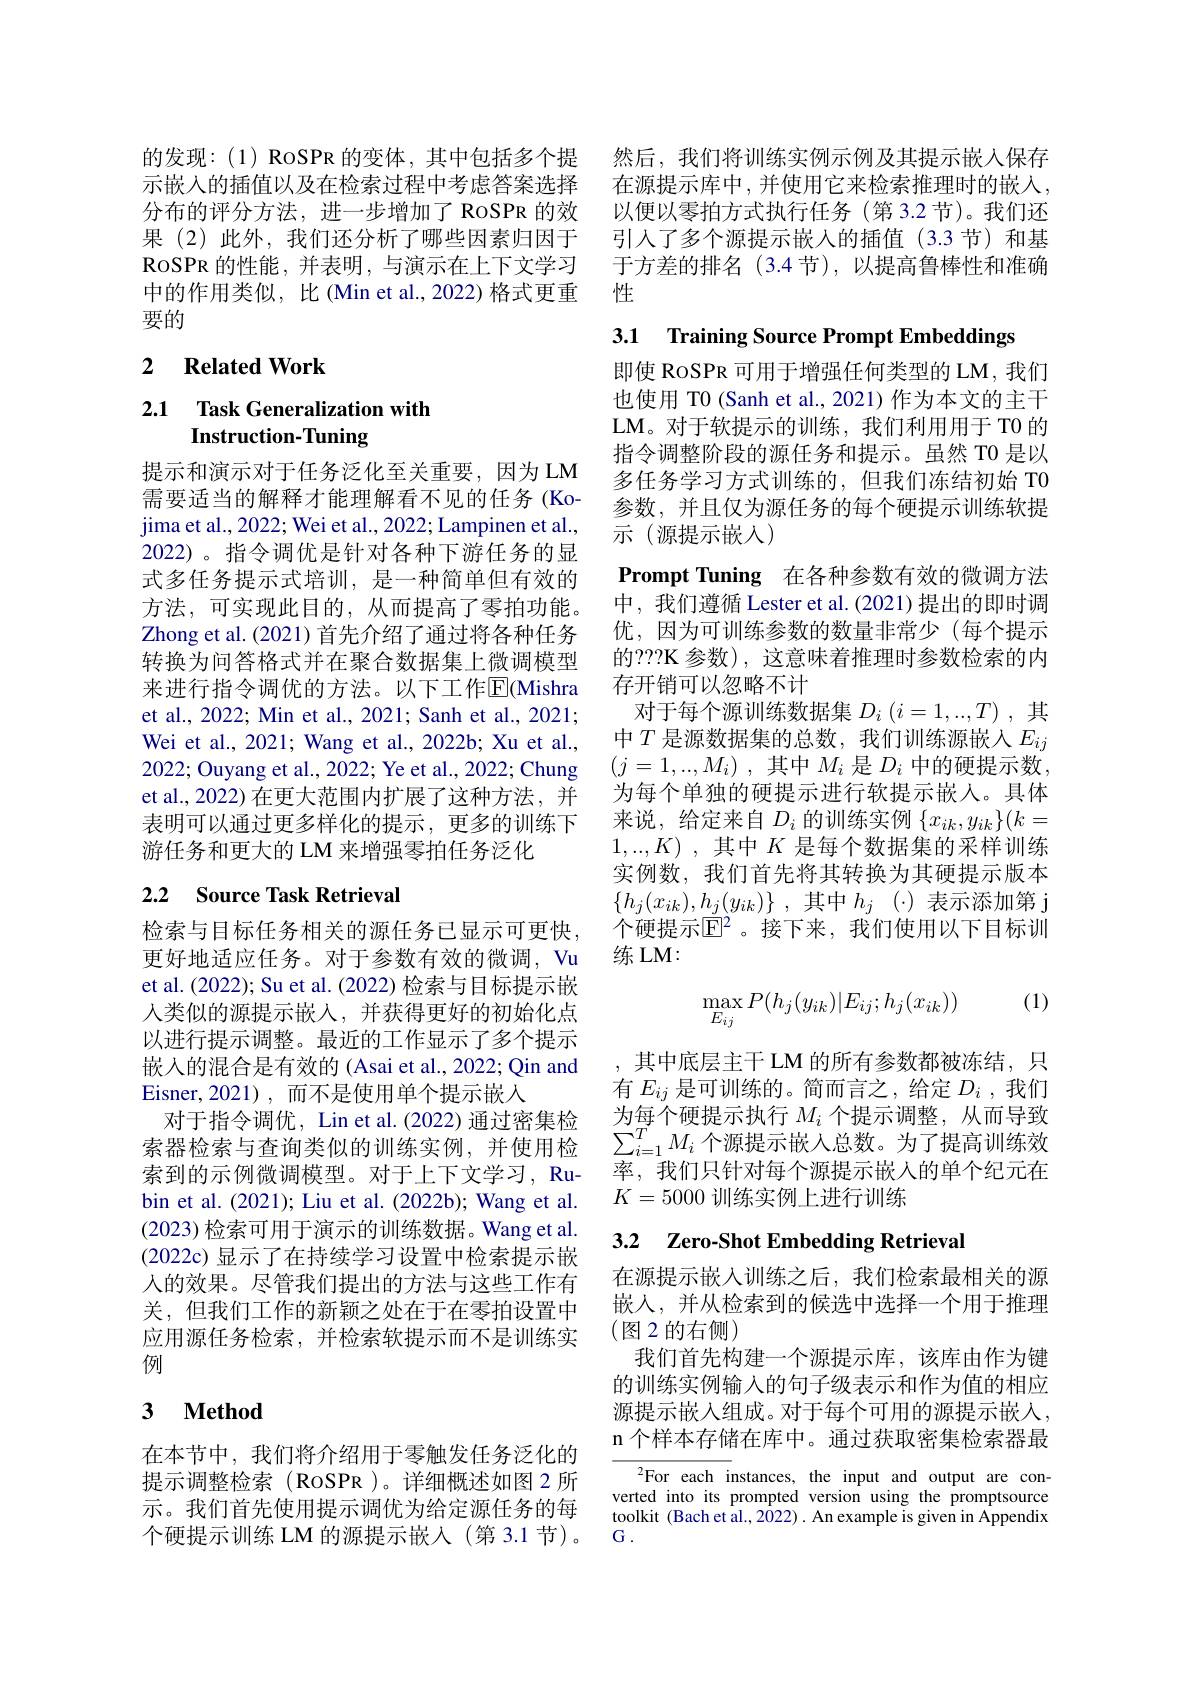
RoSPR 的性能，并表明，与演示在上下文学习中的作用类似，比(Min et al.,2022) 格式更重要的

### 2 $\textbf{Related Work}$

# 2.1 Task Generalization with Instruction-Tuning

提示和演示对于任务泛化至关重要，因为LM 需要适当的解释才能理解看不见的任务(Kojima et al., 2022; Wei et al., 2022; Lampinen et al., 2022)。指令调优是针对各种下游任务的显式多任务提示式培训，是一种简单但有效的方法，可实现此目的，从而提高了零拍功能。Zhong et al. (2021) 首先介绍了通过将各种任务转换为问答格式并在聚合数据集上微调模型来进行指令调优的方法。以下工作$\overline{\mathrm{E}}($Mishra et al., 2022; Min et al., 2021; Sanh et al., 2021; Wei et al., 2021; Wang et al., 2022b; Xu et al., 2022; Ouyang et al., 2022; Ye et al., 2022; Chung et al., 2022) 在更大范围内扩展了这种方法，并表明可以通过更多样化的提示，更多的训练下游任务和更大的 LM 来增强零拍任务泛化

# 2.2 Source Task Retrieval

检索与目标任务相关的源任务已显示可更快， 更好地适应任务。对于参数有效的微调，Vu et al. (2022); Su et al. (2022) 检索与目标提示嵌人类似的源提示嵌入，并获得更好的初始化点以进行提示调整。最近的工作显示了多个提示嵌入的混合是有效的 (Asai et al., 2022; Qin and Eisner,2021),而不是使用单个提示嵌人
对于指令调优，Lin et al.(2022) 通过密集检索器检索与查询类似的训练实例，并使用检索到的示例微调模型。对于上下文学习，Rubin et al. (2021); Liu et al. (2022b); Wang et al. (2023)检索可用于演示的训练数据。Wang et al. (2022c) 显示了在持续学习设置中检索提示嵌人的效果。尽管我们提出的方法与这些工作有关，但我们工作的新颖之处在于在零拍设置中应用源任务检索，并检索软提示而不是训练实例

## 3 $\textbf{Method}$

在本节中，我们将介绍用于零触发任务泛化的提示调整检索(RoSPR)。详细概述如图 2 所示。我们首先使用提示调优为给定源任务的每个硬提示训练 LM 的源提示嵌入(第 3.1 节)。

的发现：(1) ROSPR 的变体，其中包括多个提 然后，我们将训练实例示例及其提示嵌入保存示嵌人的插值以及在检索过程中考虑答案选择 在源提示库中，并使用它来检索推理时的嵌入， 分布的评分方法，进一步增加了 RoSPR 的效 以便以零拍方式执行任务 (第 3.2节)。我们还果 (2)此外，我们还分析了哪些因素归因于 引人了多个源提示嵌人的插值 (3.3 节)和基
于方差的排名(3.4节),以提高鲁棒性和准确
性

3.1 Training Source Prompt Embeddings

即使 RoSPR 可用于增强任何类型的 LM, 我们也使用 T0 (Sanh et al., 2021)作为本文的主干LM。对于软提示的训练，我们利用用于 T0 的指令调整阶段的源任务和提示。虽然 T0 是以多任务学习方式训练的，但我们冻结初始 TO 参数，并且仅为源任务的每个硬提示训练软提示 (源提示嵌入)
$\textbf{Prompt Tuning 在 各 种 参 数 有 效 的 微 调 方 法 }$ 中，我们遵循 Lester et al.(2021)提出的即时调优，因为可训练参数的数量非常少(每个提示的？??K 参数), 这意味着推理时参数检索的内存开销可以忽略不计
对于每个源训练数据集$D_i\left(i=1,..,T\right)$,其中$T$ 是源数据集的总数，我们训练源嵌人 $E_{ij}$ $( j= 1, . . . , M_i)$ ,其中$M_i$是$D_i$中的硬提示数为每个单独的硬提示进行软提示嵌入。具体来说，给定来自$D_i$的训练实例$\{x_ik,y_{ik}\}(k=$ $1, . . . , K)$ ,其中$K$是每个数据集的采样训练实例数，我们首先将其转换为其硬提示版本$\{ h_{j}( x_{ik}) , h_{j}( y_{ik}) \}$ ,其中$h_j$ $( \cdot )$表示添加第 j 个硬提示$\overline{\mathbb{E}}^2$。接下来，我们使用以下目标训练LM：

(1)
$$\max_{E_{ij}}P(h_j(y_{ik})|E_{ij};h_j(x_{ik}))$$
,其中底层主干 LM 的所有参数都被冻结，只有$E_{ij}$是可训练的。简而言之，给定$D_i$ ,我们率，我们只针对每个源提示嵌入的单个纪元在$K=5000$训练实例上进行训练

# 3.2 Zero-Shot Embedding Retrieval

嵌入，并从检索到的候选中选择一个用于推理
(图 2 的右侧)

在源提示嵌入训练之后，我们检索最相关的源
我们首先构建一个源提示库，该库由作为键的训练实例输入的句子级表示和作为值的相应源提示嵌入组成。对于每个可用的源提示嵌人， n 个样本存储在库中。通过获取密集检索器最

${}^{2}$For each instances, the input and output are converted into its prompted version using the promptsource toolkit (Bach et al., 2022) . An example is given in Appendix $G.$